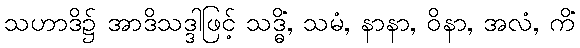
သဟာဒိ၌ အာဒိသဒ္ဒါဖြင့် သဒ္ဓိံ, သမံ, နာနာ, ဝိနာ, အလံ, ကိံ